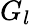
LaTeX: G_{l}